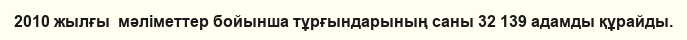
2010 жылғы  мәліметтер бойынша тұрғындарының саны 32 139 адамды құрайды.